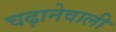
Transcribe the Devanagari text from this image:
चढ़ानेवाली